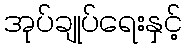
အုပ်ချုပ်ရေးနှင့်